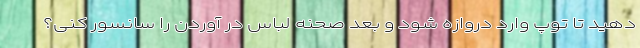
دهید تا توپ وارد دروازه شود و بعد صحنه لباس در آوردن را سانسور کنی؟